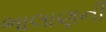
ભાલાણની